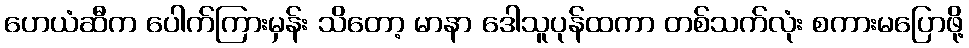
ဟေယံဆီက ပေါက်ကြားမှန်း သိတော့ မာနာ ဒေါသူပုန်ထကာ တစ်သက်လုံး စကားမပြောဖို့